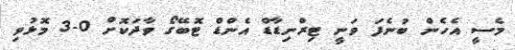
މެސީ އެހެން ބުނެފަ ވަނީ ޓިރްނިޑާޑް އެންޑް ޓޮބޭގޯ ވާދަކޮށް 0-3 މޮޅުވި